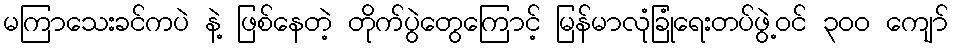
မကြာသေးခင်ကပဲ နဲ့ ဖြစ်နေတဲ့ တိုက်ပွဲတွေကြောင့် မြန်မာလုံခြုံရေးတပ်ဖွဲ့ဝင် ၃၀၀ ကျော်